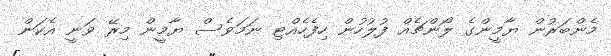
މެންބަރުން ޔާމީންގެ ލޯންޗެއް ފުލުހުން ހިފެެހެއްޓި ނަމަވެސް ޔާމީން މިރޭ ވަނީ އެކަން